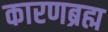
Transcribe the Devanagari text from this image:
कारणब्रह्म